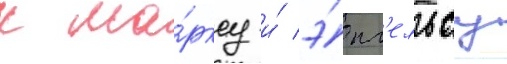
к ма́рксу и́ э́нг'ельсу